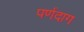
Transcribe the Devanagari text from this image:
पर्णदाग